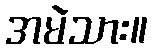
အမဲသား။